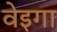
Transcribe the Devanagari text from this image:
वेइगा